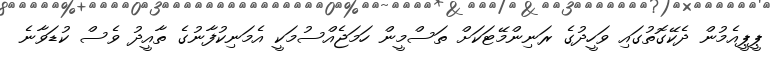
ޕީޕީއެމުން ދެކޭގޮތުގައި ވަހީދުގެ ރަނިންމޭޓަކަށް ތަސްމީން ހަމަޖެއްސުމަކީ އެމަނިކުފާނުގެ ތާއީދު ވެސް ކުޑަވާނެ